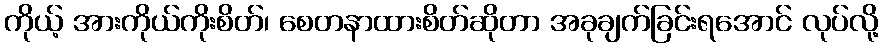
ကိုယ့် အားကိုယ်ကိုးစိတ်၊ စေတနာထားစိတ်ဆိုတာ အခုချက်ခြင်းရအောင် လုပ်လို့